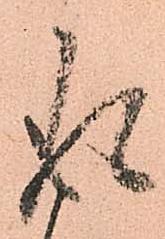
存